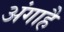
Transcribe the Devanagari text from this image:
अंगाहै